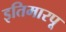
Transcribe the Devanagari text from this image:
इतिमारपू